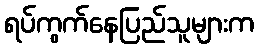
ရပ်ကွက်နေပြည်သူများက